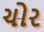
ચોર